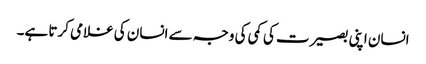
انسان اپنی بصیرت کی کمی کی وجہ سے انسان کی غلامی کرتا ہے۔